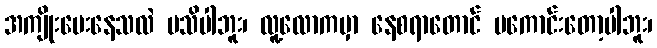
အကျိုးပေးနေသလဲ မသိပါဘူး၊ လူ့လောကမှာ နေစရာတောင် မကောင်းတော့ပါဘူး၊